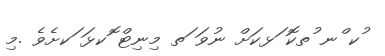
ުކ ްނ ުތކޮ ަޅކަށް ނުވަ ަތ މިނިޓް ޮކޅަ ަކށެވެ .މި